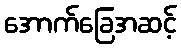
အောက်ခြေအဆင့်